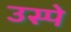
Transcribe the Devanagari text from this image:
उस्पे